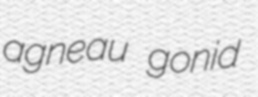
agneau gonid